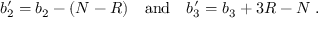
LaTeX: b _ { 2 } ^ { \prime } = b _ { 2 } - ( N - R ) \quad \mathrm { a n d } \quad b _ { 3 } ^ { \prime } = b _ { 3 } + 3 R - N \; .